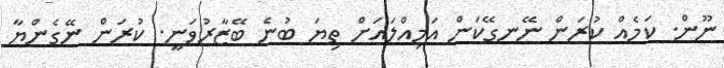
ނޫން. ކަމެއް ކުރަން ނޭނގޭކަން އަމިއްލައަށް ތިޔަ ބުނެ ބޭޒާރުވަނީ. ކުރަން ނޭގެންޔާ